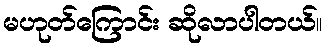
မဟုတ်ကြောင်း ဆိုလာပါတယ်။